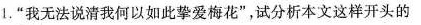
1.”我无法说清我何以如此挚爱梅花”，试分析本文这样开头的